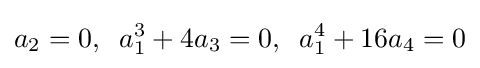
a_{2}=0,\;\;a_{1}^{3}+4a_{3}=0,\;\;a_{1}^{4}+16a_{4}=0